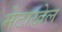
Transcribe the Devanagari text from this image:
मेटाखेल